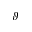
\vartheta